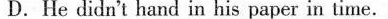
D.He didn't hand in his paper in time.